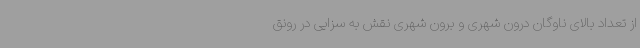
از تعداد بالای ناوگان درون‌ شهری و برون‌ شهری نقش به سزایی در رونق